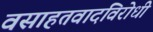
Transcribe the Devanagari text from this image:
वसाहतवादविरोधी